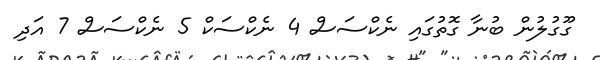
ގޫގުލުން ބުނާ ގޮތުގައި ނެކްސަސް 4 ނެކްސަކް 5 ނެކްސަސް 7 އަދި